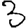
Digit: 3